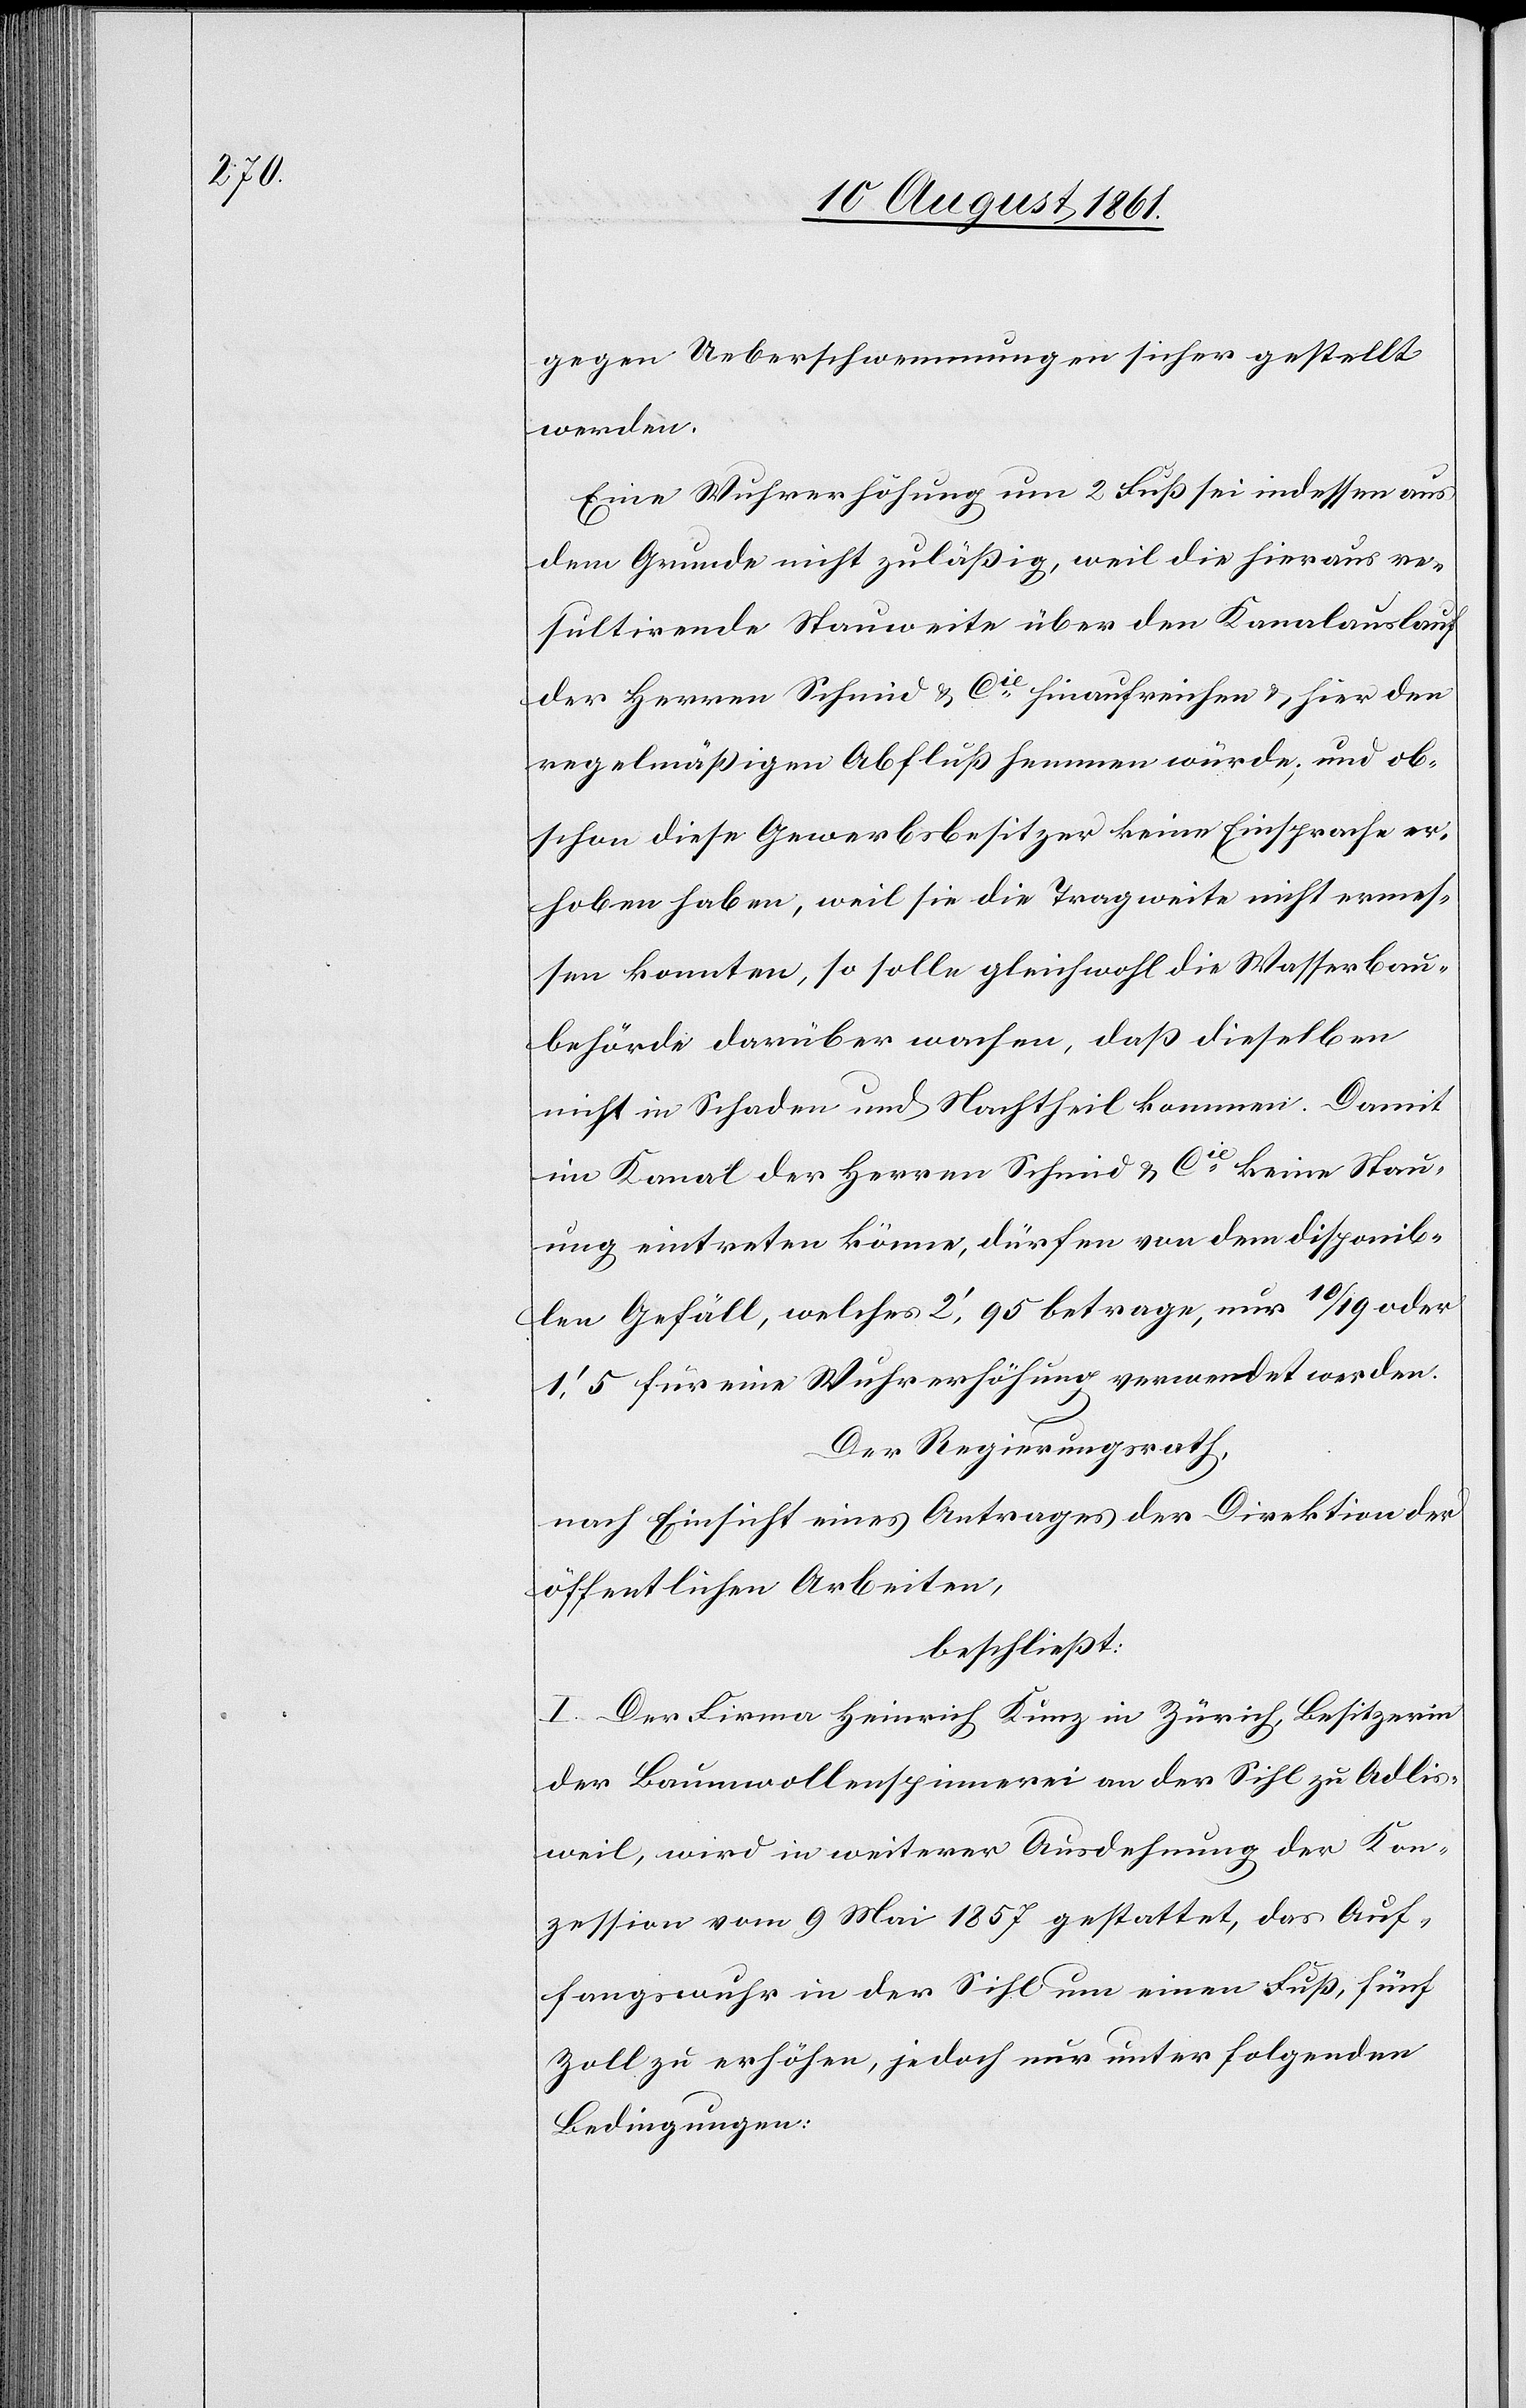
gegen Ueberschwemmungen sicher gestellt
werden.
Eine Wuhrerhöhung um 2 Fuß sei indessen aus
dem Grunde nicht zuläßig, weil die hieraus re¬
sultirende Stauweite über den Kanalauslauf
der Herren Schmid u. Cie hinaufreichen u. hier den
regelmäßigen Abfluß hemmen würde; und ob¬
schon diese Gewerbsbesitzer keine Einsprache er¬
hoben haben, weil sie die Tragweite nicht ermes¬
sen konnten, so solle gleichwohl die Wasserb¬
ehörde darüber wachen, daß dieselben
nicht in Schaden und Nachtheil kommen. Damit
im Kanal der Herren Schmid u. Cie keine Stau¬
ung eintreten könne, dürfen von dem disponib¬
len Gefäll, welches 2’,95 betrage, nur 10/19 oder
1’,5 für eine Wuhrerhöhung verwendet werden.
Der Regierungsrath,
nach Einsicht eines Antrages der Direktion der
öffentlichen Arbeiten,
beschließt:
I. Der Firma Heinrich Kunz in Zürich, Besitzerin
der Baumwollspinnerei an der Sihl zu Adlis¬
weil, wird in weiterer Ausdehnung der Kon¬
zession vom 9 Mai 1857 gestattet, das Auf¬
fangswuhr in der Sihl um einen Fuß, fünf
Zoll zu erhöhen, jedoch nur unter folgenden
Bedingungen: